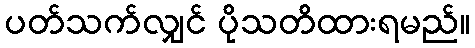
ပတ်သက်လျှင် ပိုသတိထားရမည်။